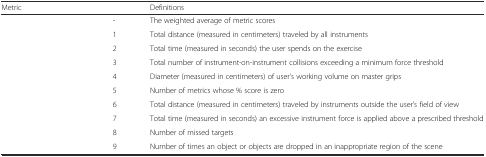
<table><thead><tr><td><b>Metric</b></td><td>[EMPTY_CELL]</td><td><b>Definitions</b></td></tr></thead><tbody><tr><td>[EMPTY_CELL]</td><td>-</td><td>The weighted average of metric scores</td></tr><tr><td>[EMPTY_CELL]</td><td>1</td><td>Total distance (measured in centimeters) traveled by all instruments</td></tr><tr><td>[EMPTY_CELL]</td><td>2</td><td>Total time (measured in seconds) the user spends on the exercise</td></tr><tr><td>[EMPTY_CELL]</td><td>3</td><td>Total number of instrument-on-instrument collisions exceeding a minimum force threshold</td></tr><tr><td>[EMPTY_CELL]</td><td>4</td><td>Diameter (measured in centimeters) of user’s working volume on master grips</td></tr><tr><td>[EMPTY_CELL]</td><td>5</td><td>Number of metrics whose % score is zero</td></tr><tr><td>[EMPTY_CELL]</td><td>6</td><td>Total distance (measured in centimeters) traveled by instruments outside the user’s field of view</td></tr><tr><td>[EMPTY_CELL]</td><td>7</td><td>Total time (measured in seconds) an excessive instrument force is applied above a prescribed threshold</td></tr><tr><td>[EMPTY_CELL]</td><td>8</td><td>Number of missed targets</td></tr><tr><td>[EMPTY_CELL]</td><td>9</td><td>Number of times an object or objects are dropped in an inappropriate region of the scene</td></tr></tbody></table>